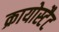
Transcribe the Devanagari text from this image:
क्रायोस्टैट